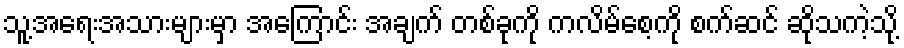
သူ့အရေးအသားများမှာ အကြောင်း အချက် တစ်ခုကို ကလိမ်စေ့ကို စက်ဆင် ဆိုသကဲ့သို့